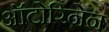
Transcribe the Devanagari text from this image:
ऑटोरिनेन